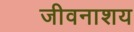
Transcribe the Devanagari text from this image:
जीवनाशय